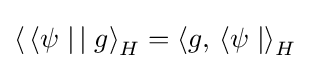
\left\langle \,\langle \psi \mid \,\mid g\right\rangle _{H}=\left\langle g,\,\langle \psi \mid \right\rangle _{H}